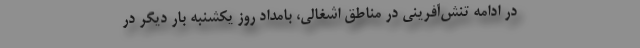
در ادامه تنش‌آفرینی در مناطق اشغالی، بامداد روز یکشنبه بار دیگر در